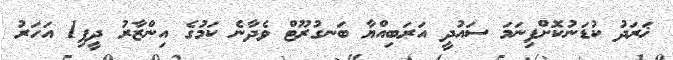
ޚަރަދު ކުޑަނުކޮށްފިނަމަ ސައުދީ އަރަބިއްޔާ ބަނގުރޫޓް ވެދާނެ ކަމުގެ އިންޒާރު ދީފި1 އަހަރު